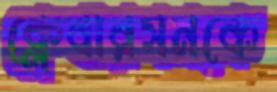
ক্লেবারসনকে